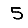
Digit: 5